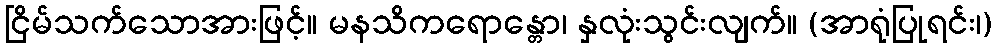
ငြိမ်သက်သောအားဖြင့်။ မနသိကရောန္တော၊ နှလုံးသွင်းလျက်။ (အာရုံပြုရင်း၊)